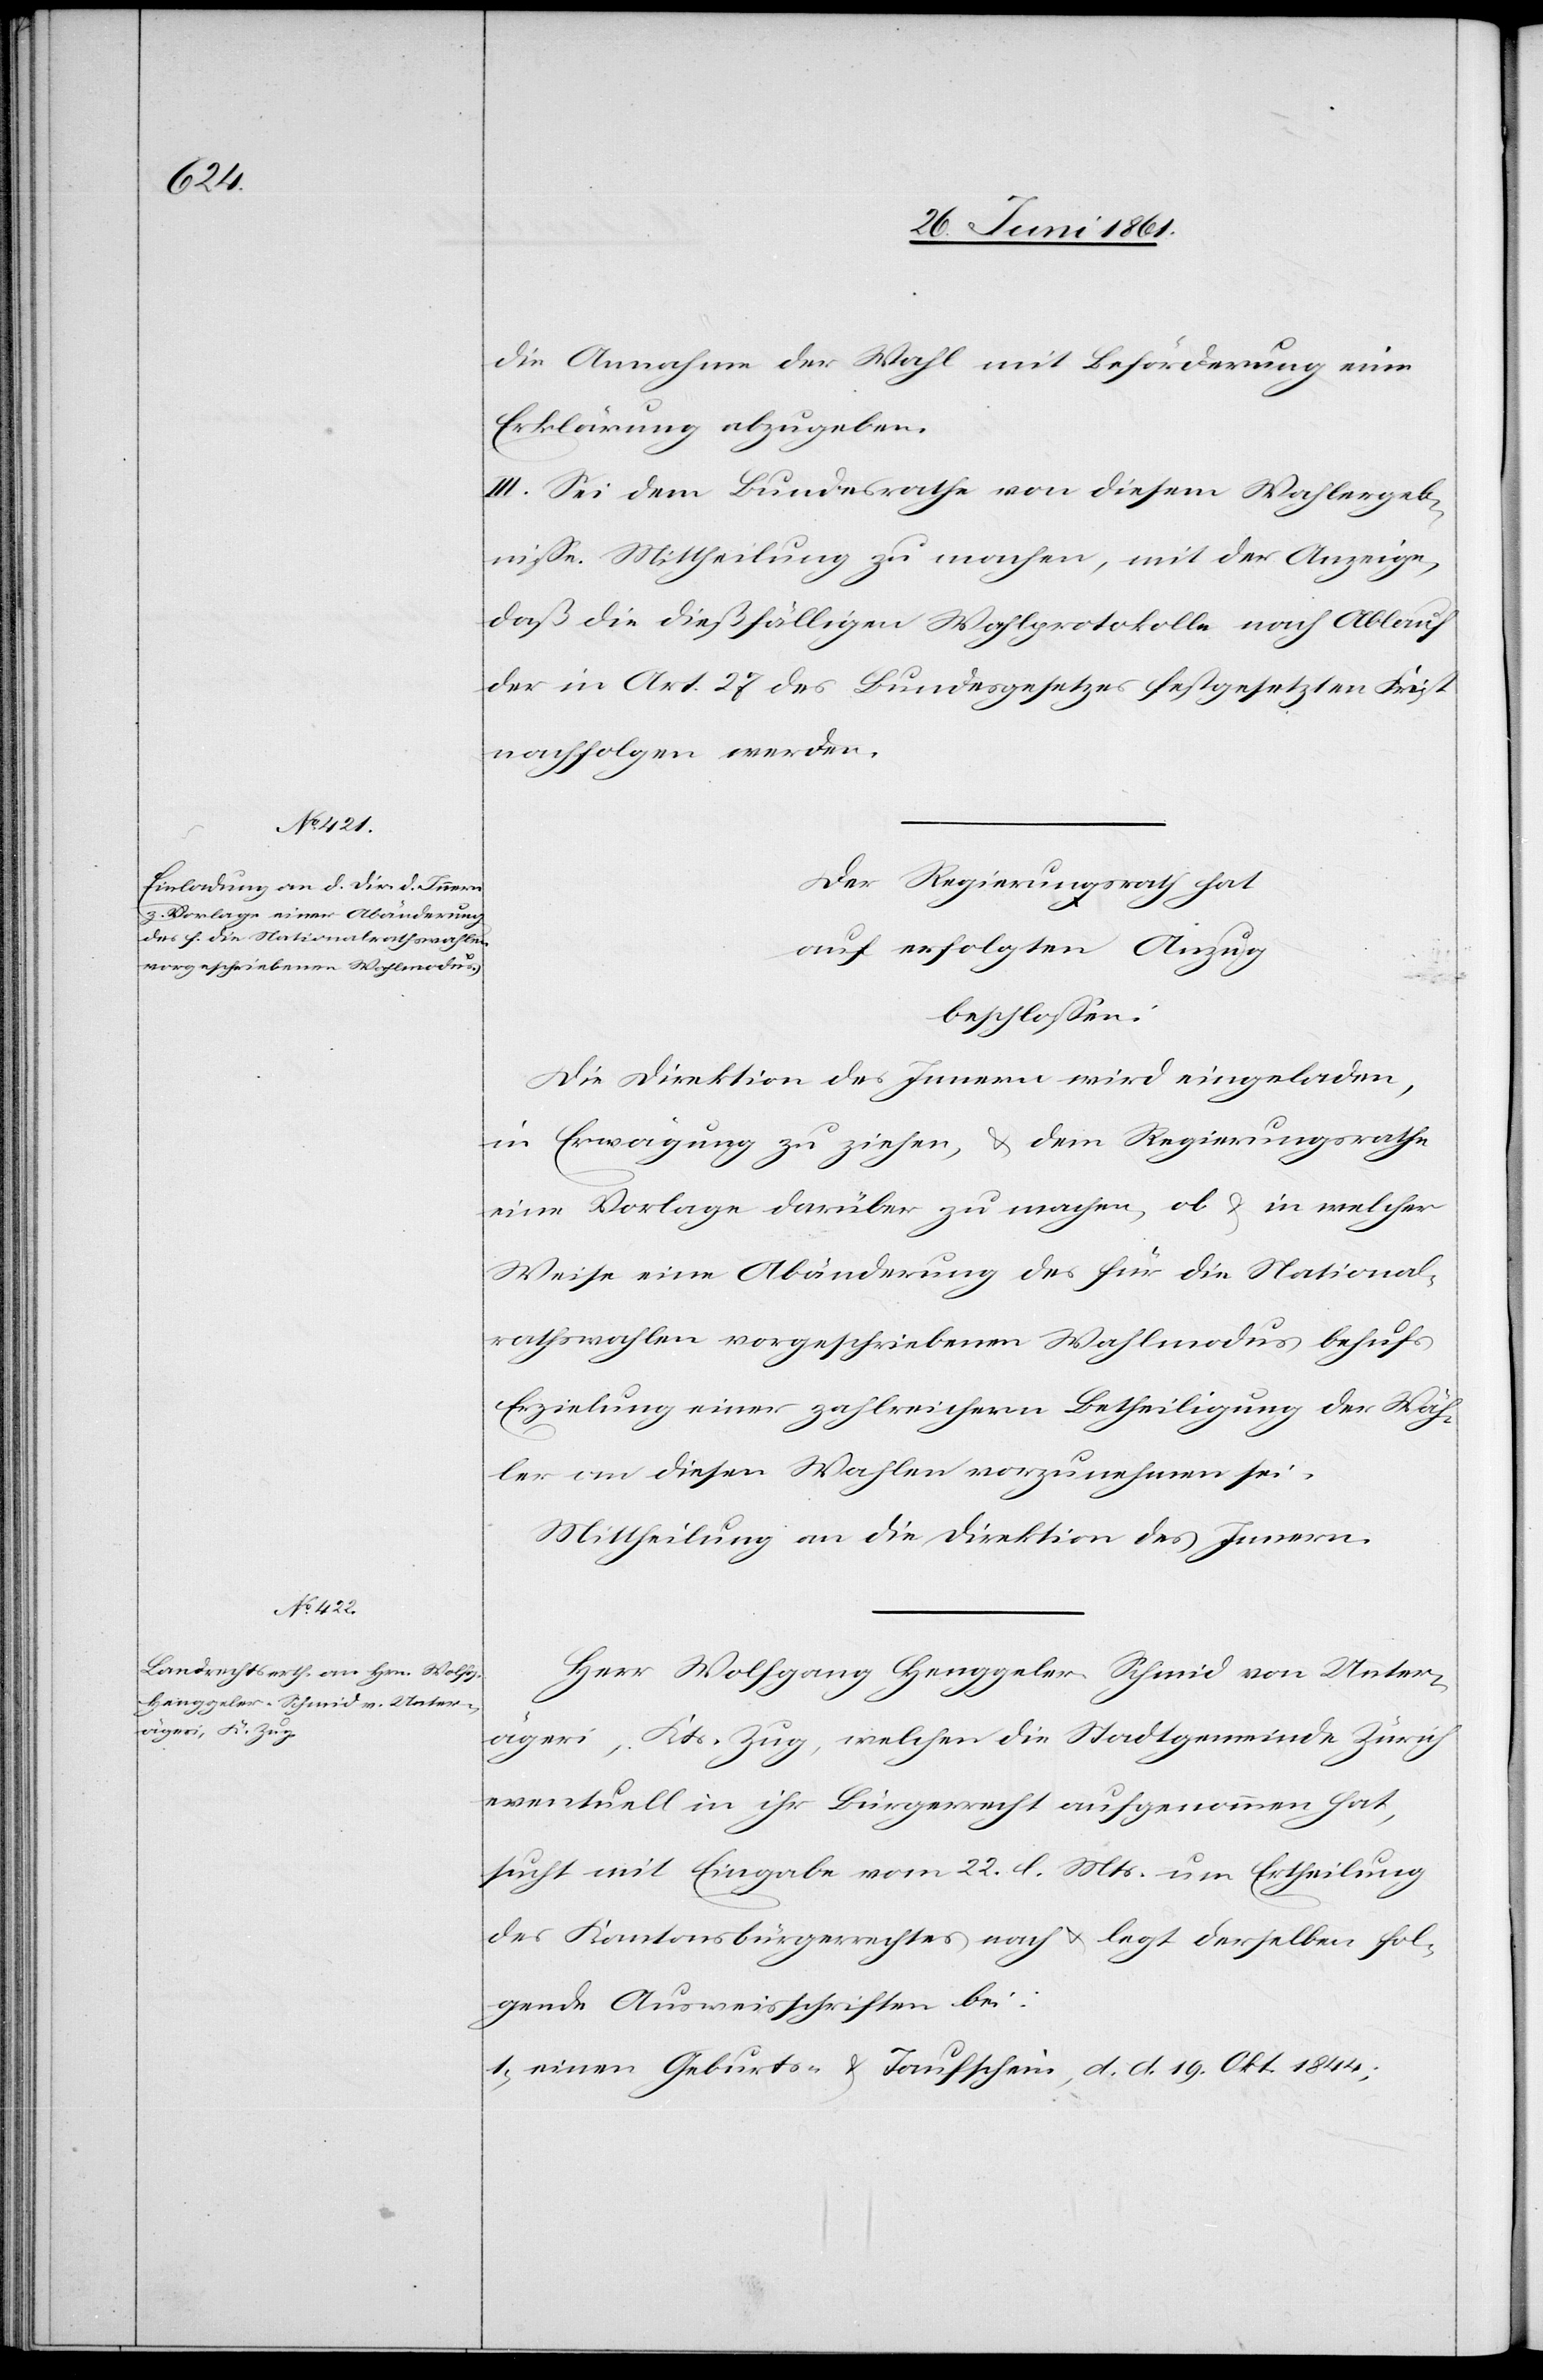
die Annahme der Wahl mit Beförderung eine
Erklärung abzugeben.
III. Sei dem Bundesrathe von diesem Wahlergeb¬
nisse Mittheilung zu machen, mit der Anzeige,
daß die dießfälligen Wahlprotokolle nach Ablauf
der in Art. 27 des Bundesgesetzes festgesetzten Frist
nachfolgen werden.
Der Regierungsrath hat
auf erfolgten Anzug
beschlossen:
Die Direktion des Innern wird eingeladen,
in Erwägung zu ziehen, u. dem Regierungsrathe
eine Vorlage darüber zu machen, ob u. in welcher
Weise eine Abänderung des für die National¬
rathswahlen vorgeschriebene Wahlmodus behufs
Erzielung einer zahlreichern Betheiligung der Wäh¬
ler von diesen Wahlen vorzunehmen sei.
Mittheilung an die Direktion des Innern.
Herr Wolfgang Henggeler-Schmid von Unter¬
ägeri, Kts. Zug, welchen die Stadtgemeinde Zürich
eventuell in ihr Bürgerrecht aufgenommen hat,
sucht mit Eingabe vom 22. ds. Mts. um Ertheilung
des Kantonsbürgerrechtes nach u. legt derselben fol¬
gende Ausweisschriften bei:
1) einen Geburts- u. Taufschein, d. d. 19. Okt. 1844;